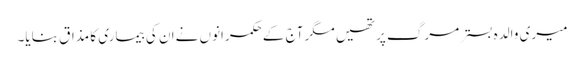
میری والدہ بسترمرگ پرتھیں مگر آج کےحکمرانوں نےان کی بیماری کا مذاق بنایا۔